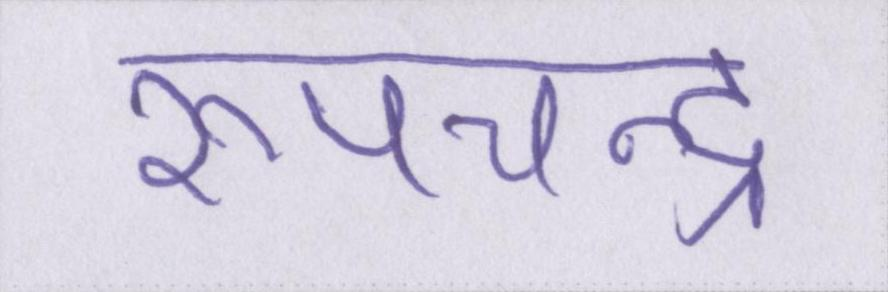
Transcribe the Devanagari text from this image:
रूपचन्द्र